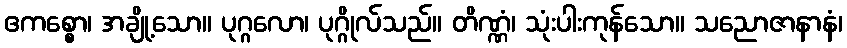
ဧကစ္စော၊ အချို့သော။ ပုဂ္ဂလော၊ ပုဂ္ဂိုလ်သည်။ တိဏ္ဏံ၊ သုံးပါးကုန်သော။ သညောဇာနာနံ၊